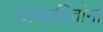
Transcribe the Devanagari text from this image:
पंतसचिवांना